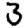
Digit: 3